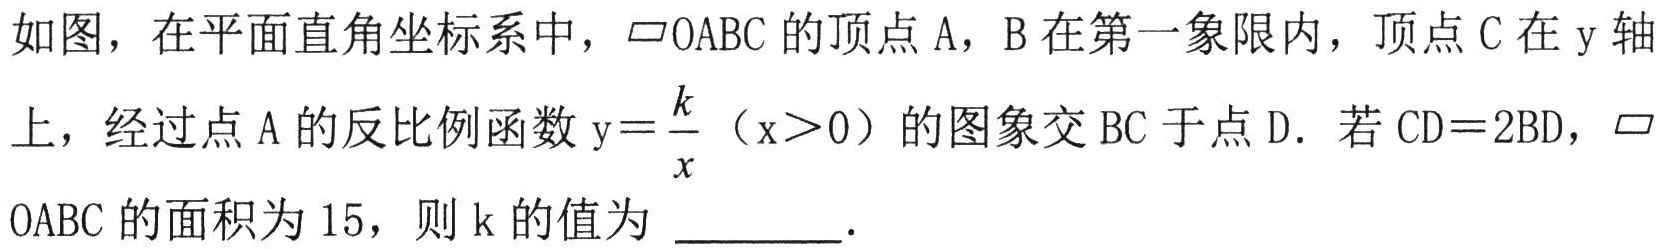
如图，在平面直角坐标系中，$\parallelogram OABC$的顶点$\mathrm{A}$，$\mathrm{B}$在第一象限内，顶点$\mathrm{C}$在$\mathrm{y}$轴上，经过点$\mathrm{A}$的反比例函数$\mathrm{y}=\dfrac{k}{x}$（$\mathrm{x}>0$）的图象交$\mathrm{B}\mathrm{C}$于点$\mathrm{D}$．若$\mathrm{C}\mathrm{D}=2\mathrm{B}\mathrm{D}$，$\parallelogram \mathrm{O}\mathrm{A}\mathrm{B}\mathrm{C}$的面积为$15$，则$\mathrm{k}$的值为 $\underline{\quad\quad}$．